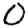
Digit: 0